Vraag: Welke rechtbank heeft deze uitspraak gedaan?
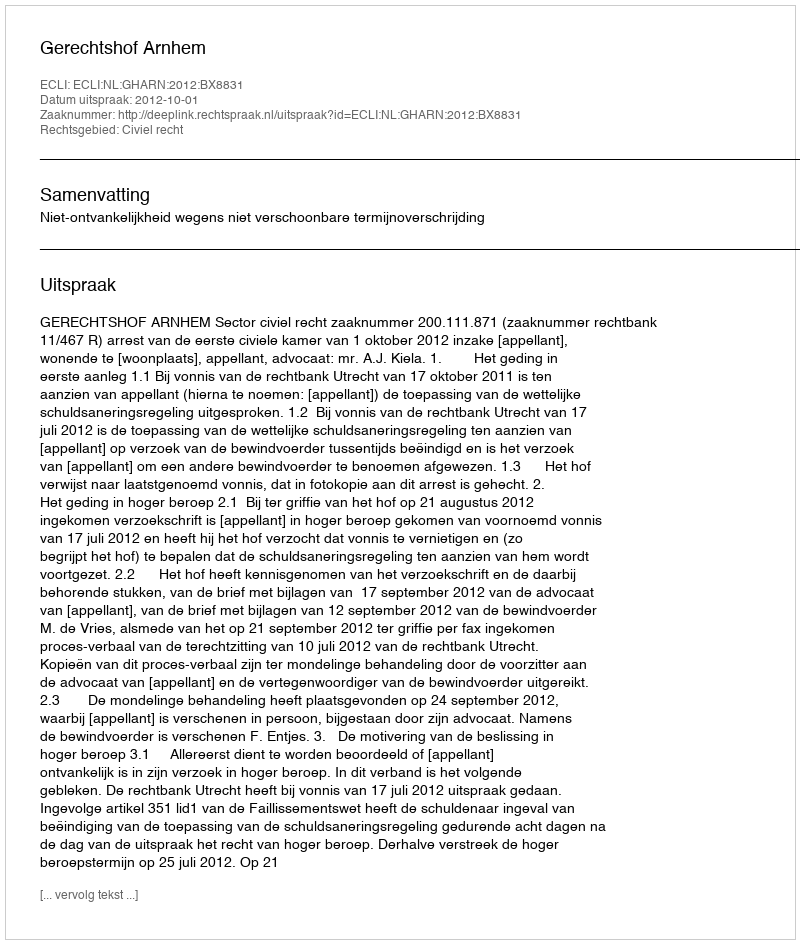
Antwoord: Gerechtshof Arnhem